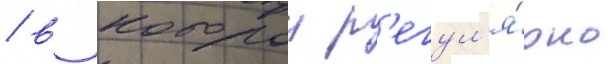
/ в которои р'егул'я́рно